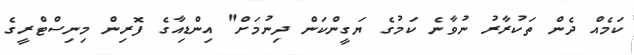
ކަމެއް ދެން ތަކުރާރު ނުވާނެ ކަމުގެ ޔަގީންކަން ދިނުމަށް" އިންޑިއާގެ ފޮރިން މިނިސްޓްރީގެ